Reports on dispensaries and lunatic asylums in the Province of Oudh - 1869-1876
Year: 1869
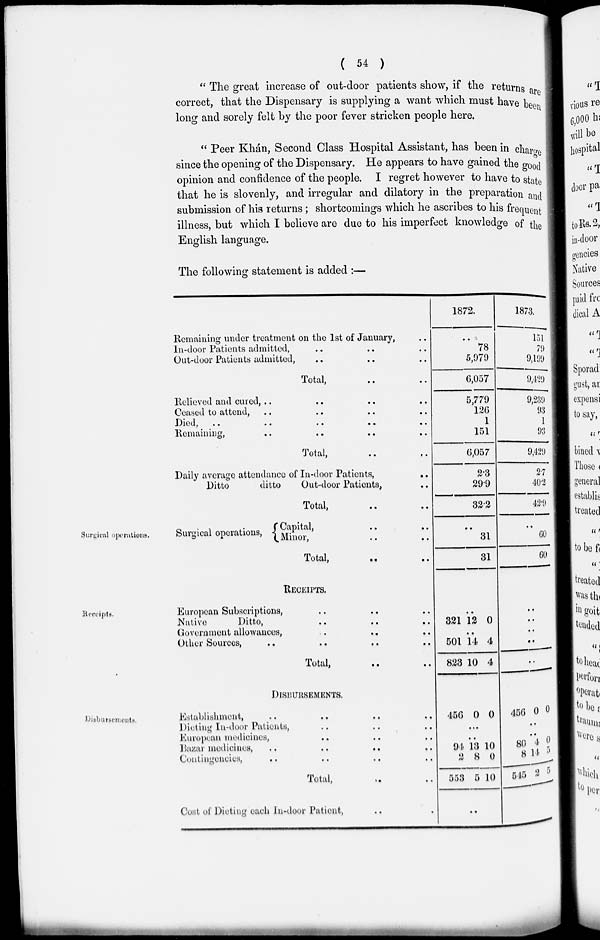
( 54 )
" The great increase of out-door patients show, if the returns are
correct, that the Dispensary is supplying a want which must have been
long and sorely felt by the poor fever stricken people here.
" Peer Khán, Second Class Hospital Assistant, has been in charge
since the opening of the Dispensary. He appears to have gained the good
opinion and confidence of the people. I regret however to have to state
that he is slovenly, and irregular and dilatory in the preparation and
submission of his returns ; shortcomings which he ascribes to his frequent
illness, but which I believe are due to his imperfect knowledge of the
English language.
The following statement is added :—
Surgical operations.
Remaining under treatment on the 1st of January, ..
In-door Patients admitted, .. .. ..
Out-door Patients admitted, .. .. ..
Total, .. ..
Relieved and cured, .. .. .. ..
Ceased to attend, .. .. .. ..
Died,
..
..
..
..
..
..
Remaining, .. .. .. ..
Total, .. ..
Daily average attendance of In-door Patients,
..
Ditto
ditto
Out-door Patients, ..
Total, .. ..
Surgical operations,
Capital, .. ..
Minor, .. ..
Total, .. ..
1872.
..
78
5,979
6,057
5,779
126
1
151
6,057
2.3
29.9
32.2
..
31
31
1873.
151
79
9,199
9,429
9,239
93
1
93
9,429
2.7
40.2
42.9
..
60
60
Receipts.
RECEIPTS.
European Subscriptions, .. .. ..
Native
Ditto, .. .. ..
Government allowances, .. .. ..
Other Sources, .. .. ..
Total, .. ..
..
321 12 0
..
501
823
14
10
4
4
..
..
..
..
..
Disbursements
DISBURSEMENTS.
Establishment, .. .. .. .. ..
Dieting In-door Patients, .. .. ..
European medicines, .. .. ..
Bazar medicines , .. .. .. ..
Contingencies, .. .. .. ..
Total, .. ..
Cost of Dieting each In-door Patient , ..
456 0 0
..
..
94
2
553
13
8
5
10
0
10
..
456 0 0
..
..
80
8
545
4
14
2
5
5
5